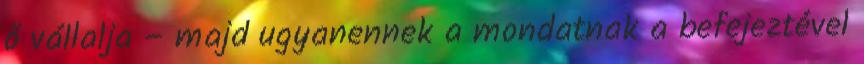
ő vállalja – majd ugyanennek a mondatnak a befejeztével